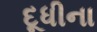
દૂધીના